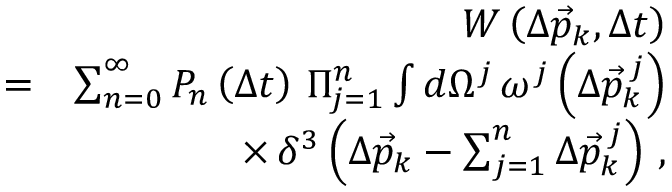
\begin{array} { r l r } & { } & { W \left( \Delta \vec { p } _ { k } , \Delta t \right) } \\ & { = } & { \sum _ { n = 0 } ^ { \infty } P _ { n } \left( \Delta t \right) \, \Pi _ { j = 1 } ^ { n } \int d \Omega ^ { j } \, \omega ^ { j } \left( \Delta \vec { p } _ { k } ^ { \, j } \right) } \\ & { } & { \times \, \delta ^ { 3 } \left( \Delta \vec { p } _ { k } - \sum _ { j = 1 } ^ { n } \Delta \vec { p } _ { k } ^ { \, j } \right) \, , } \end{array}